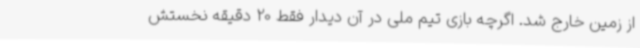
از زمین خارج شد. اگرچه بازی تیم ملی در آن دیدار فقط 20 دقیقه نخستش